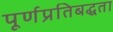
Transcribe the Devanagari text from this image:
पूर्णप्रतिबद्धता